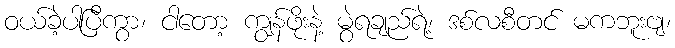
ဝယ်ခဲ့ပါပြီကွာ၊ ငါတော့ ကျွန်ဖိုးနဲ့ မွဲရချည်ရဲ့၊ ဒစ်လစီတင် မကဘူးဗျ၊